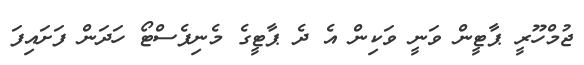
ޖުމްހޫރީ ޕާޓީން ވަނީ ވަކިން އެ ދެ ޕާޓީގެ މެނިފެސްޓޯ ހަދަން ފަށައިފަ